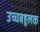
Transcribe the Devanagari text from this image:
उच्चबहुलक